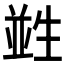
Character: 𤯭